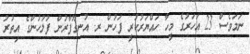
ނަމަވެސް 23 އަހަރުގެ މީހާ ހައްޔަރުކުރީ ފަހުން ރ. އުނގޫފާރުން ފުލުހުންގެ އިތުރު